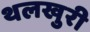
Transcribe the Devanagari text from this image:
थलखुरी